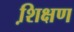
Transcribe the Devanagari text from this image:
शि़क्षण